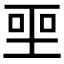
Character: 𪡅